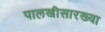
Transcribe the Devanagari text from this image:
पालखीसारख्या